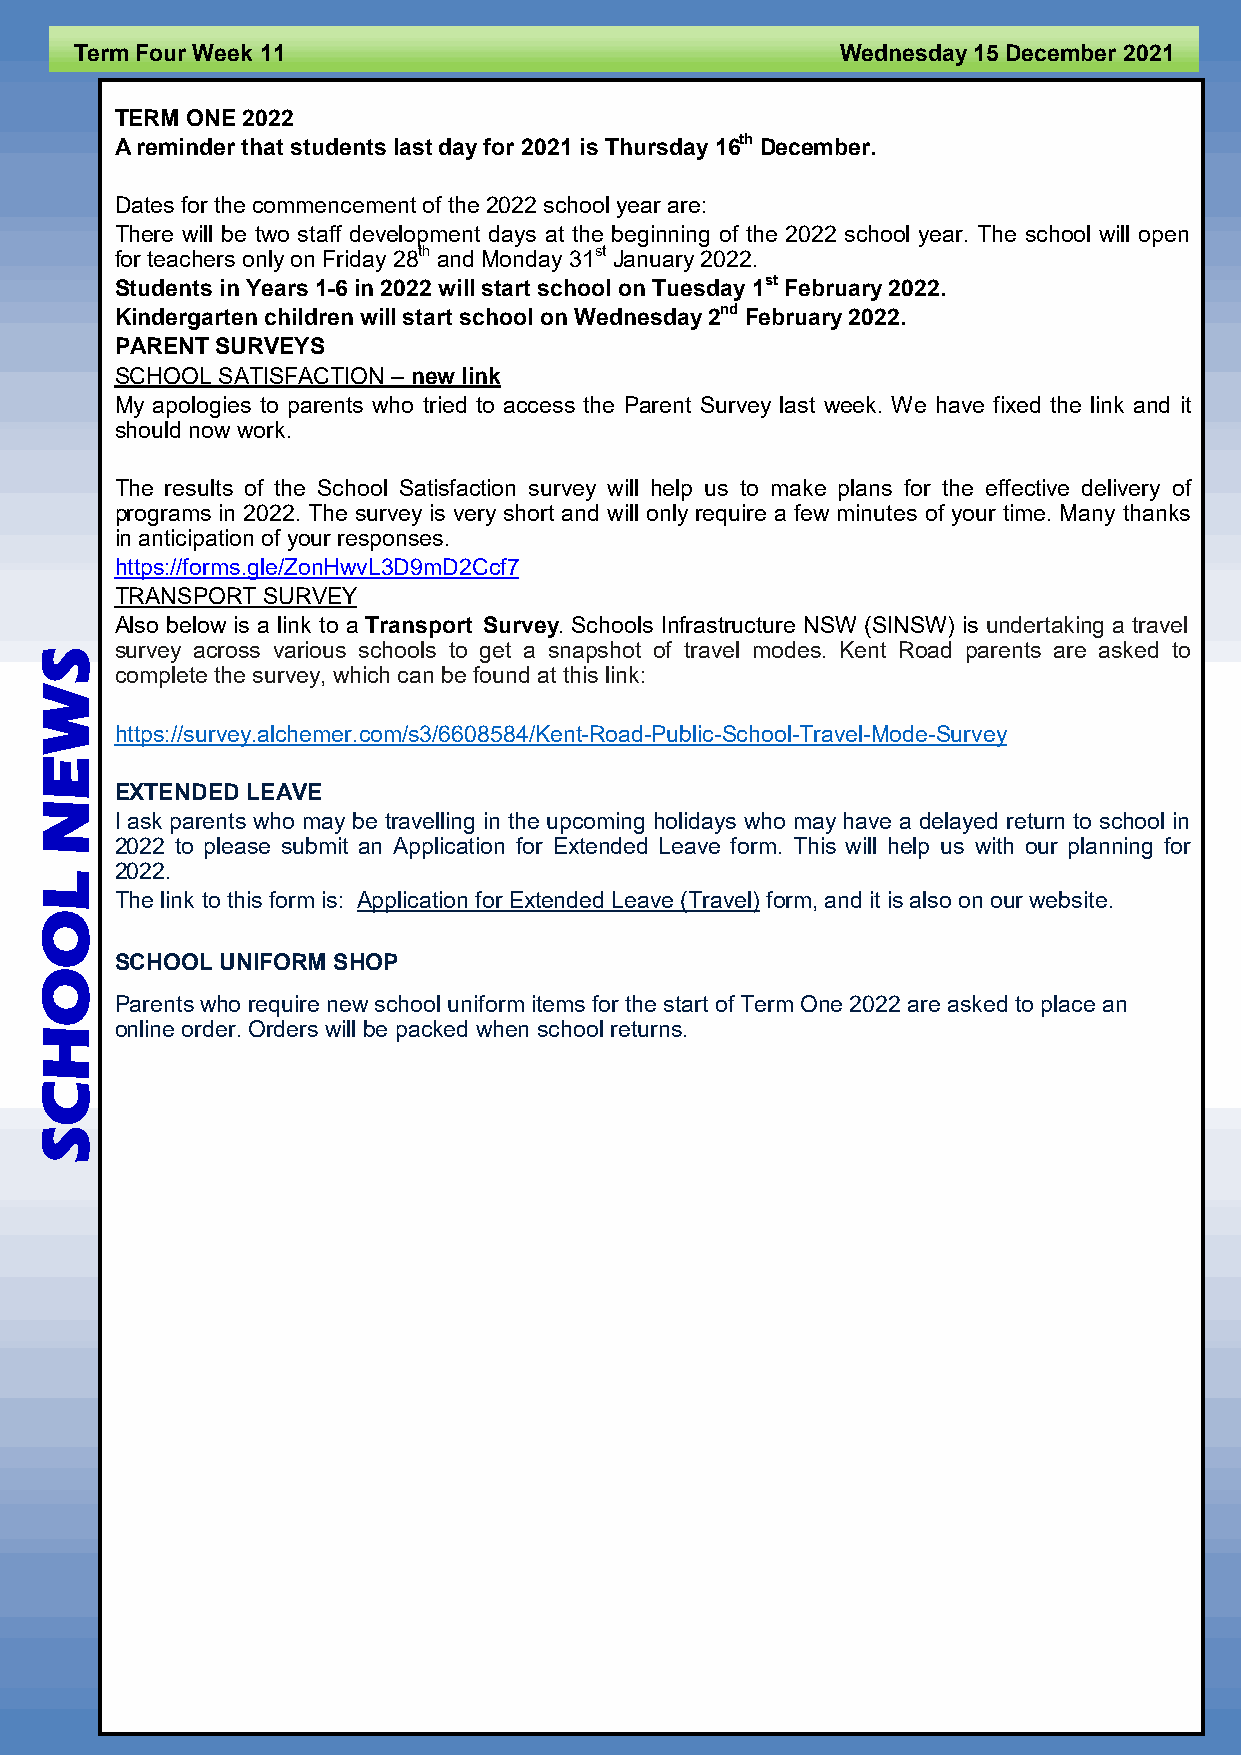
Term Four Week 11                                  Wednesday 15 December 2021
 TERM ONE 2022
 A reminder that students last day for 2021 is Thursday 16th December.
 Dates for the commencement of the 2022 school year are:
 There will be two staff development days at the beginning of the 2022 school year. The school will open
 for teachers only on Friday 28th and Monday 31st January 2022.
 Students in Years 1-6 in 2022 will start school on Tuesday 1st February 2022.
 Kindergarten children will start school on Wednesday 2nd February 2022.
 PARENT SURVEYS
 SCHOOL SATISFACTION – new link
 My apologies to parents who tried to access the Parent Survey last week. We have fixed the link and it
 should now work.
 The results of the School Satisfaction survey will help us to make plans for the effective delivery of
 programs in 2022. The survey is very short and will only require a few minutes of your time. Many thanks
 in anticipation of your responses.
 https://forms.gle/ZonHwvL3D9mD2Ccf7
 TRANSPORT SURVEY
 Also below is a link to a Transport Survey. Schools Infrastructure NSW (SINSW) is undertaking a travel
 survey across various schools to get a snapshot of travel modes. Kent Road parents are asked to
 S
 complete the survey, which can be found at this link:
 W
 https://survey.alchemer.com/s3/6608584/Kent-Road-Public-School-Travel-Mode-Survey
 E
 EXTENDED LEAVE
 N
 I ask parents who may be travelling in the upcoming holidays who may have a delayed return to school in
 2022 to please submit an Application for Extended Leave form. This will help us with our planning for
 2022.
 L
 The link to this form is: Application for Extended Leave (Travel) form, and it is also on our website.
 O
 SCHOOL UNIFORM SHOP
 O
 Parents who require new school uniform items for the start of Term One 2022 are asked to place an
 online order. Orders will be packed when school returns.
 H
 C
 S